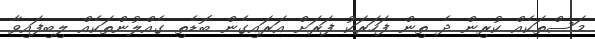
މަސްތަކެއް ކުރިން ދެ ތިން ފަހަރަކު ފަރަށް އަރައިގެން ބޮޑެތި ގެއްލުންތަކެއް ލިބިފައިވާ